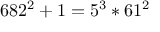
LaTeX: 6 8 2 ^ { 2 } + 1 = 5 ^ { 3 } * 6 1 ^ { 2 }